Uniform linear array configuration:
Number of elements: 12
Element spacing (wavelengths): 0.25
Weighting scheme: binomial
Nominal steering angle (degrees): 0
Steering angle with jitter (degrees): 1.599
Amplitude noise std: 0.05
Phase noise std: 0.05

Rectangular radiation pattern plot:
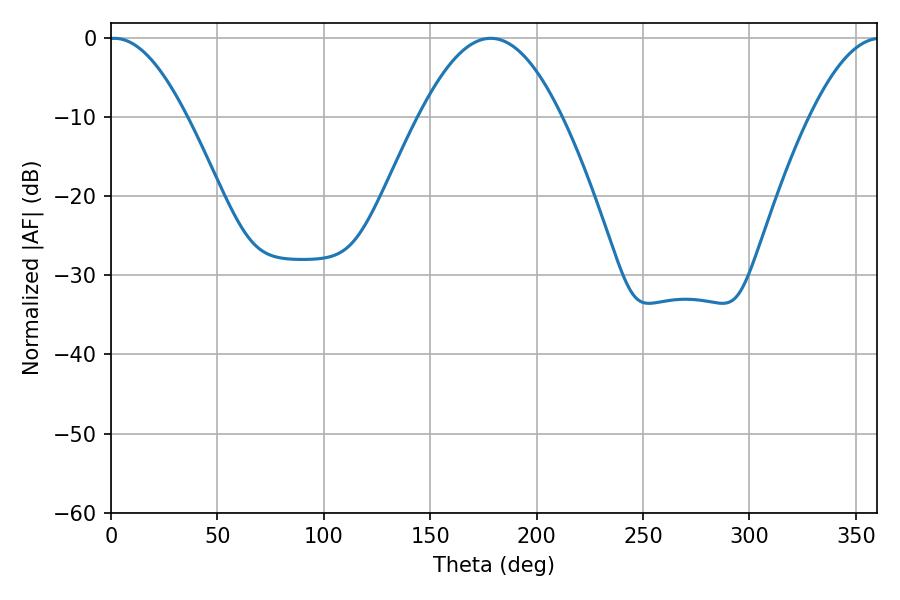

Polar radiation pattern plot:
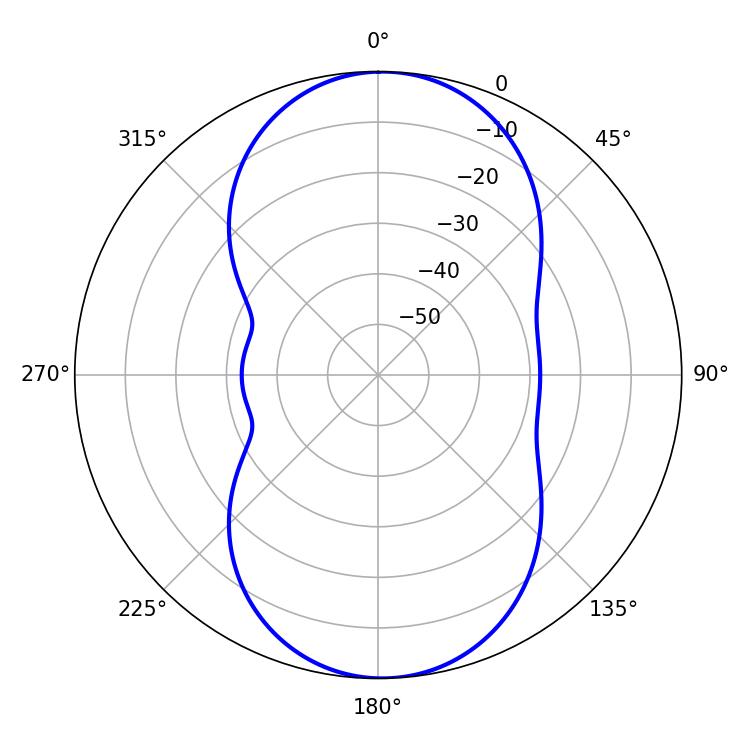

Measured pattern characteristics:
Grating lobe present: FALSE
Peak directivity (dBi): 16.568
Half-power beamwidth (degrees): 19.8
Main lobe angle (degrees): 1.62